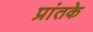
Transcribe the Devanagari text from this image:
प्रांतके